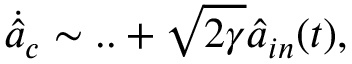
\dot { \hat { a } } _ { c } \sim . . + \sqrt { 2 \gamma } \hat { a } _ { i n } ( t ) ,